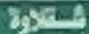
شقلاوة